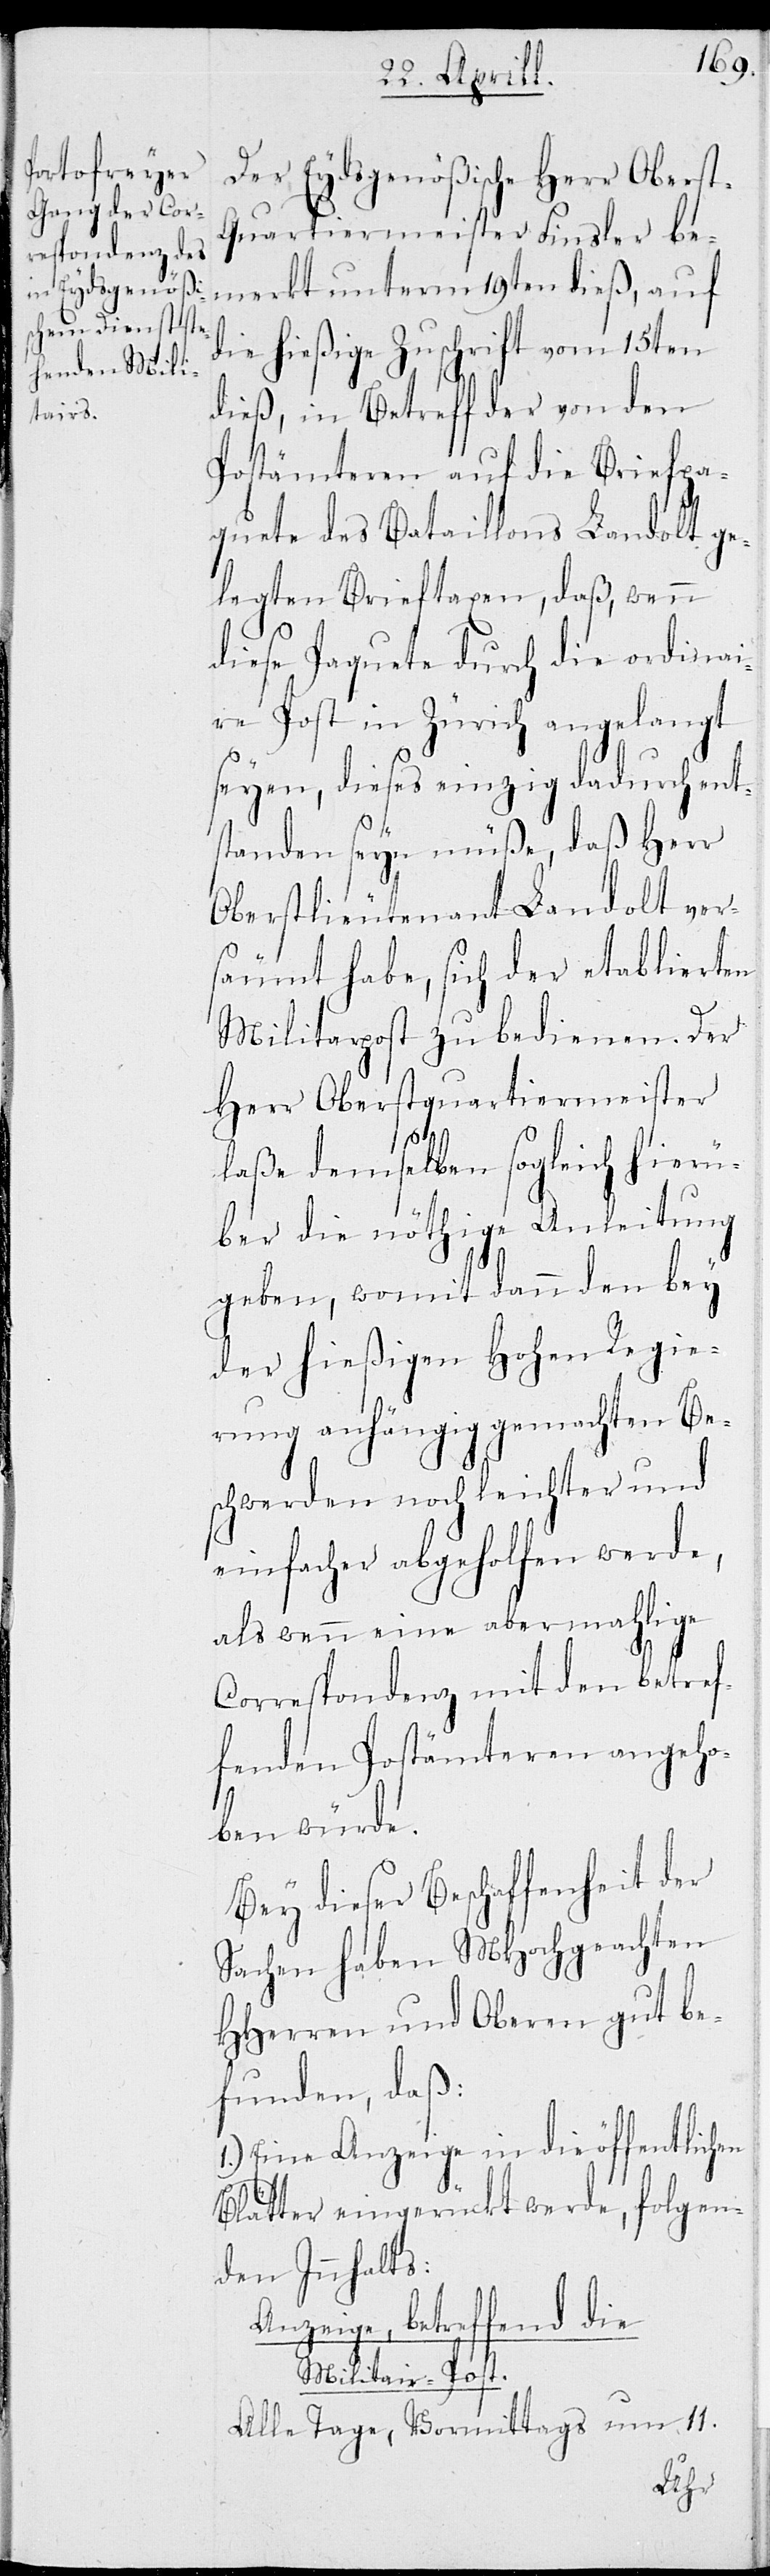
Der Eydsgenößische Herr Obers¬
t-Quartiermeister Finsler be¬
merkt unterm 19ten dieß, auf
die hießige Zuschrift vom 15ten
dieß, in Betreff der von den
Postämteren auf die Briefpa¬
quete des Bataillons Landolt ge¬
legten Brieftaxen, daß, wenn
diese Paquete durch die ordinai¬
re Post in Zürich angelangt
seyen, dieses einzig dadurch ent¬
standen seyn müße, daß Herr
Oberstlieutenant Landolt ver¬
säumt habe, sich der etablierten
Militarpost zu bedienen. Der
Herr Oberstquartiermeister
laße demselben sogleich hierü¬
ber die nöthige Anleitung
geben, womit dann den bey
der hießigen Hohen Regie¬
rung anhängig gemachten Be¬
schwerden noch leichter und
einfacher abgeholfen werde,
als wenn eine abermahlige
Correspondenz mit den betref¬
fenden Postämteren angeho¬
ben würde.
Bey dieser Beschaffenheit der
Sache haben MHochgeachten
HHerren und Oberen gut be¬
funden, daß:
Eine Anzeige in die öffentlichen
Blätter eingerückt werde, folgen¬
den Innhalts:
Anzeige, betreffend die
Militair-Post.
Alle Tage, vormittags um 11.